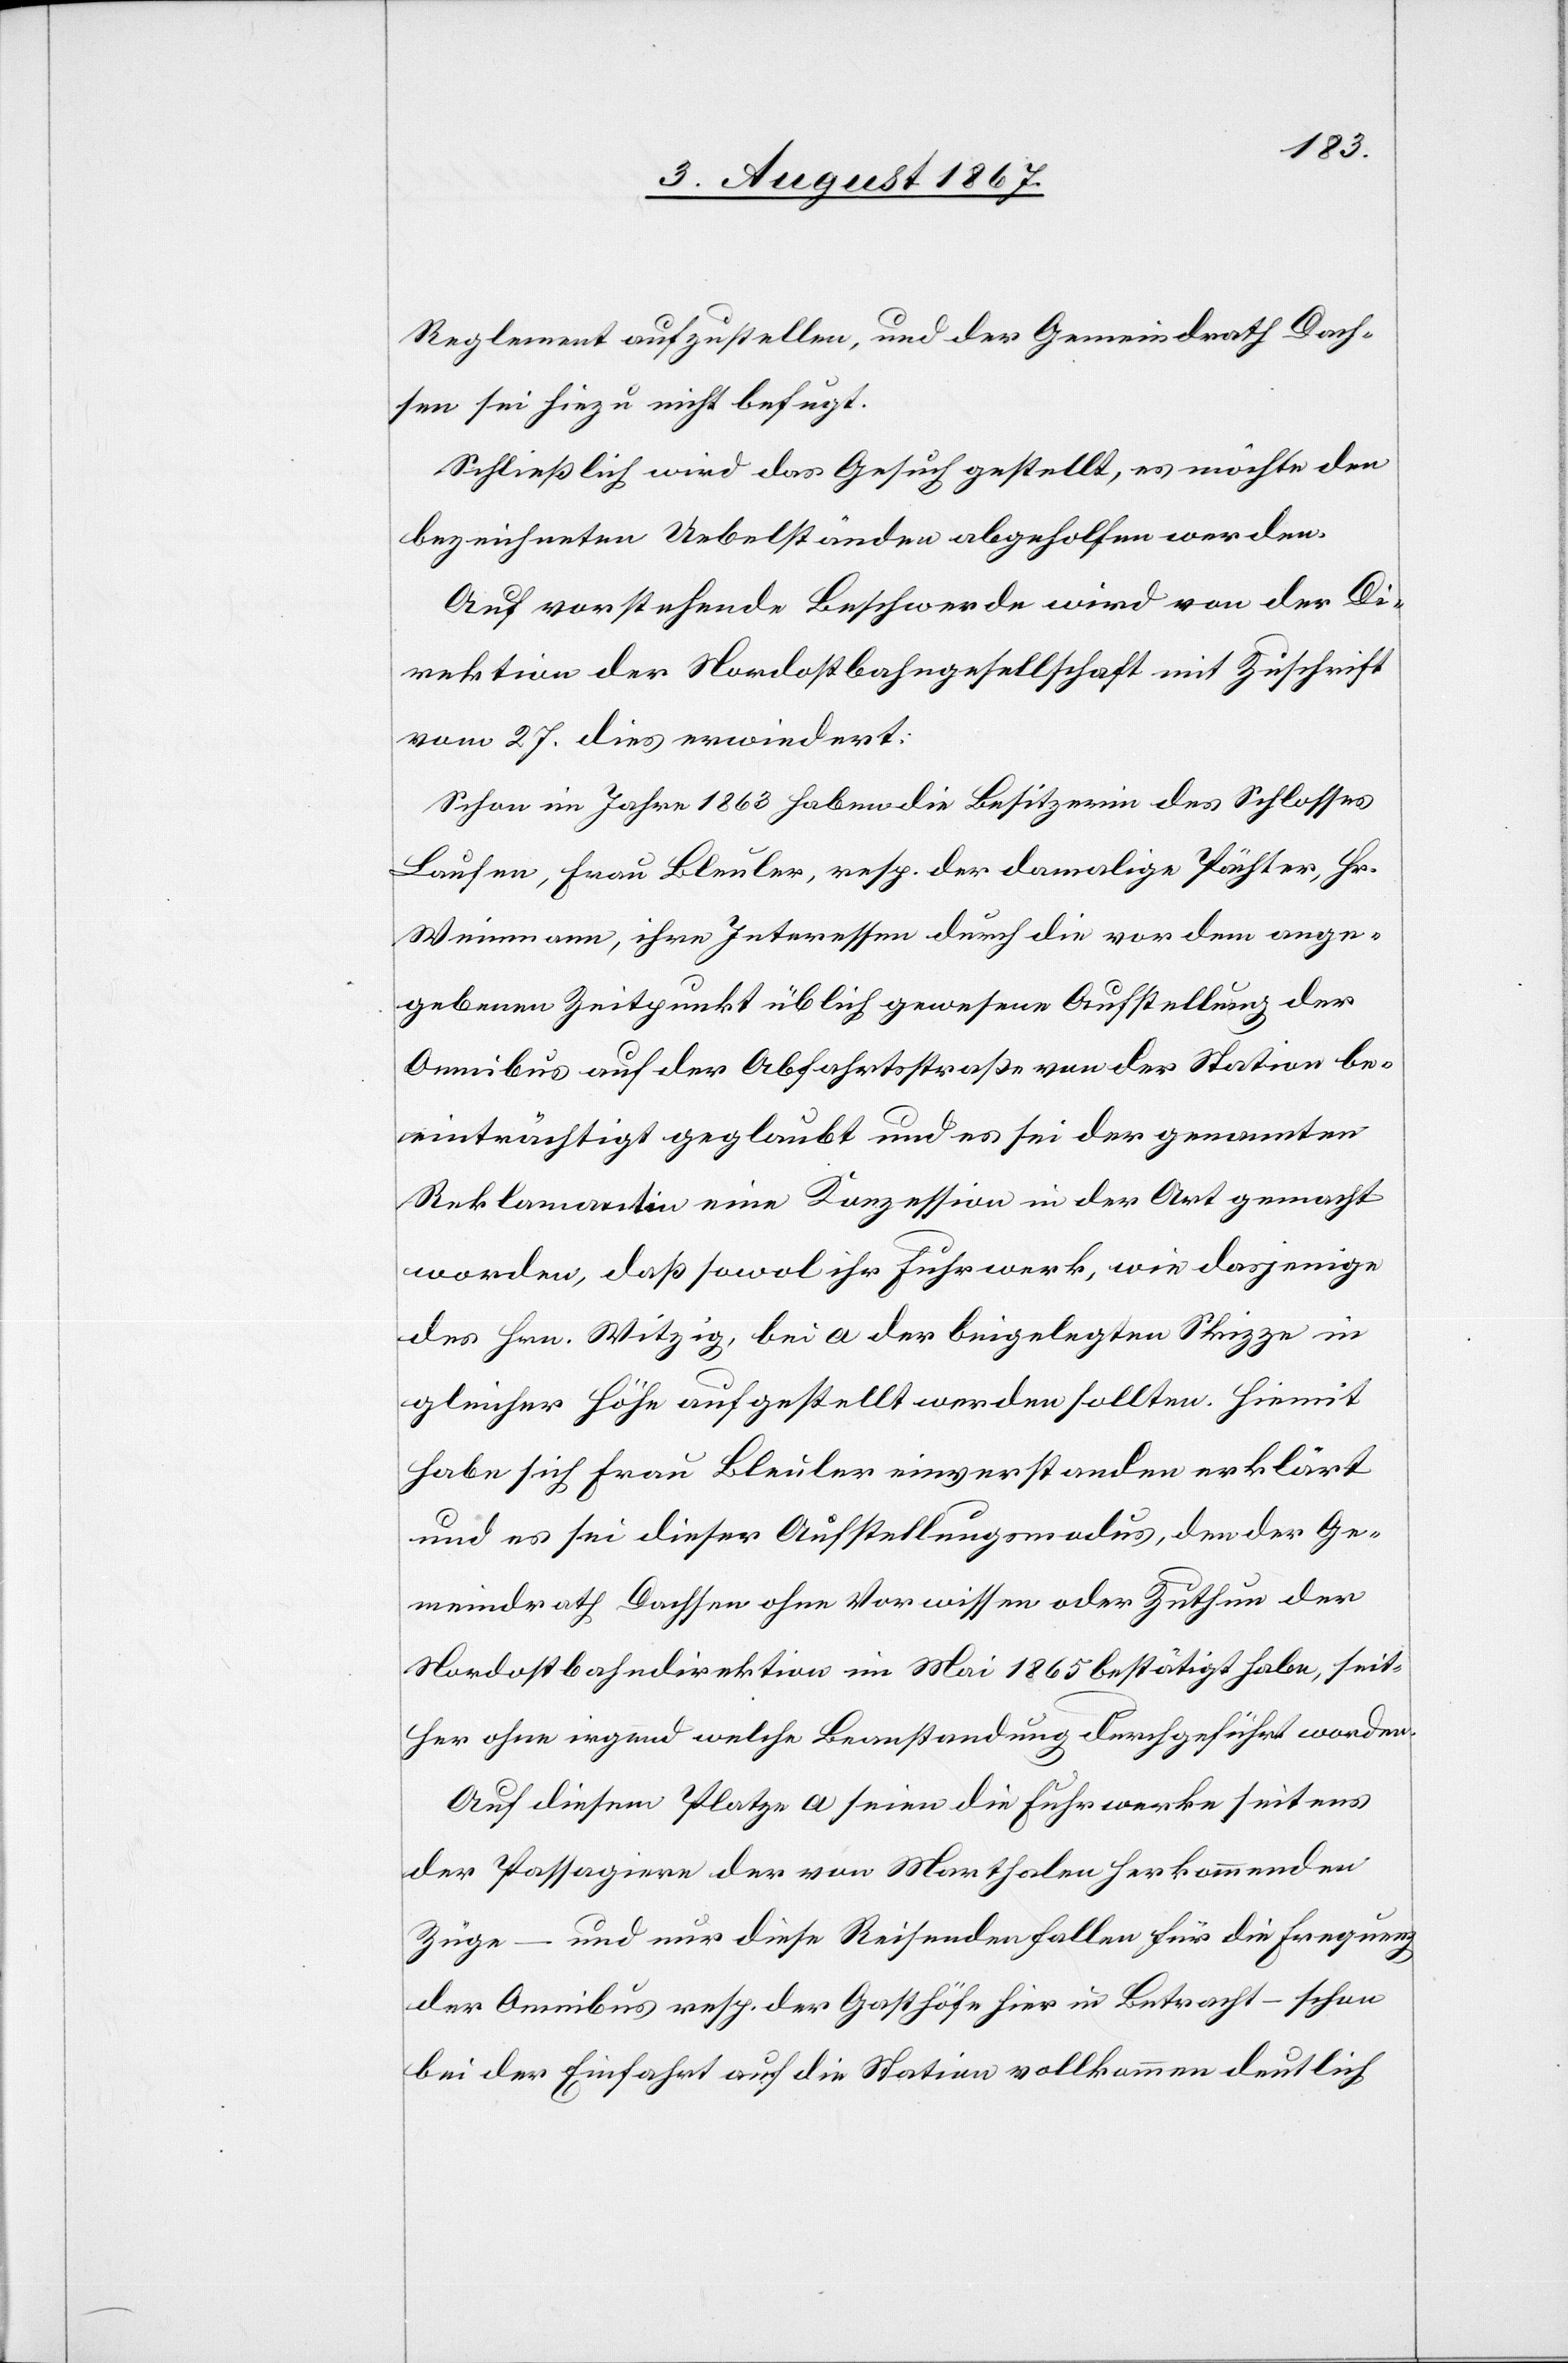
Reglement aufzustellen, und der Gemeindrath Dach¬
sen sei hiezu nicht befugt.
Schließlich wird das Gesuch gestellt, es möchte den
bezeichneten Uebelständen abgeholfen werden.
Auf vorstehende Beschwerde wird von der Di¬
rektion der Nordostbahngesellschaft mit Zuschrift
vom 27. dies erwiedert:
Schon im Jahre 1863 haben die Besitzerin des Schlosses
Laufen, Frau Bleuler, resp. der damalige Pächter, Hr.
Weinmann, ihre Interessen durch die vor dem ange¬
gebenen Zeitpunkte üblich gewesene Aufstellung der
Omnibus auf der Abfahrtsstraße von der Station be¬
einträchtigt geglaubt und es sei der genannten
Reklamation eine Konzession in der Art gemacht
worden, daß sowol ihr Fuhrwerk, wie dasjenige
des Hrn. Witzig, bei a der beigelegten Skizze in
gleicher Höhe aufgestellt werden sollten. Hiemit
habe sich Frau Bleuler einverstanden erklärt
und es sei dieser Aufstellungsmodus, den der Ge¬
meindrath Dachsen ohne Vorwissen oder Zuthun der
Nordostbahndirektion im Mai 1865 bestätigt habe, seit¬
her ohne irgend welche Beanstandung durchgeführt worden.
Auf diesem Platze a seien die Fuhrwerke seitens
der Passagiere der von Marthalen herkommenden
Züge – und nur diese Reisenden fallen für die Frequenz
der Omnibus resp. der Gasthöfe hier in Betracht – schon
bei der Einfahrt auf die Station vollkommen deutlich